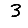
Digit: 3